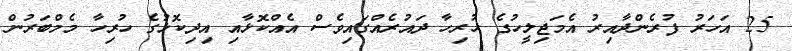
25 އަހަރު ފުރެންދާއިރު އެމަޖިލީހުގެ ހުރިހާ ދައުރެއްގައިވެސް އެއްކޮޅާއި އިދިކޮޅުގެ ހުރިހާ މެމްބަރުން